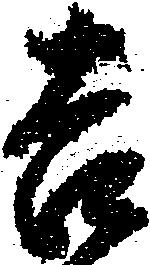
吉